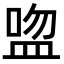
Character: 𥁴